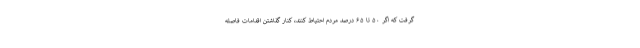
گرفت که اگر ۵۰ تا ۶۵ درصد مردم احتیاط کنند، کنار گذاشتن اقدامات فاصله